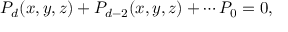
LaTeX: P _ { d } ( x , y , z ) + P _ { d - 2 } ( x , y , z ) + \cdots P _ { 0 } = 0 ,